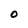
Character: O